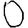
Digit: 0